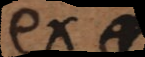
ex −